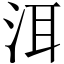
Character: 洱